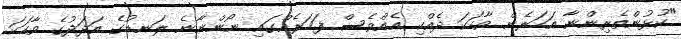
"ކުޅުންތެރިންނާ އަހަރެން ވާހަކަ ދެއްކި އެއްވެސް ފަހަރެއްގައި ނޯންނާނެ ލަނޑުގެ އަދަދުގެ ވާހަކަ